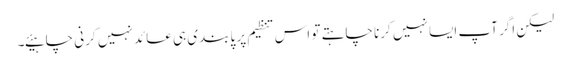
لیکن اگر آپ ایسا نہیں کرنا چاہتے تو اس تنظیم پر پابندی ہی عائد نہیں کرنی چاہیئے۔